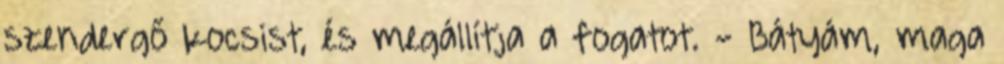
szendergő kocsist, és megállítja a fogatot. - Bátyám, maga